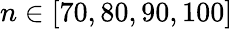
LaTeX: n\in[70,80,90,100]